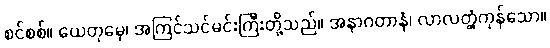
စင်စစ်။ ယေတုမှေ၊ အကြင်သင်မင်းကြီးတို့သည်။ အနာဂတာနံ၊ လာလတ္တံ့ကုန်သော။